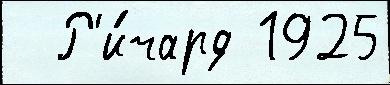
  Р'и́чард 1925